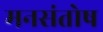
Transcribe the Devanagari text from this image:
मनसंतोष